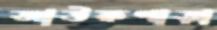
আউকপাড়া